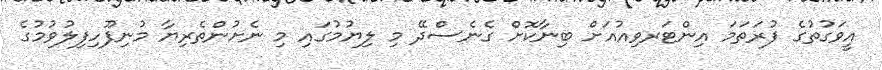
އީވަގުތުގެ ފުރަތަމަ އިންޓަރވިއުއަށް ބިނާކޮށް ގެނެސްދޭ މި ލިޔުމުގައި މި ނެށުންތެރިޔާ މުނިފޫހިފިލުވުމުގެ